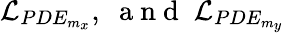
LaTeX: \mathcal{L}_{PDE_{m_{x}}},\; \mathrm{~a~n~d~}\; \mathcal{L}_{PDE_{m_{y}}}